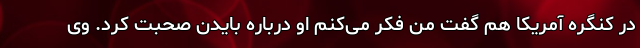
در کنگره آمریکا هم گفت من فکر می‌کنم او درباره بایدن صحبت کرد. وی